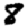
Digit: 8